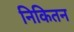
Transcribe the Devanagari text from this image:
निकितन